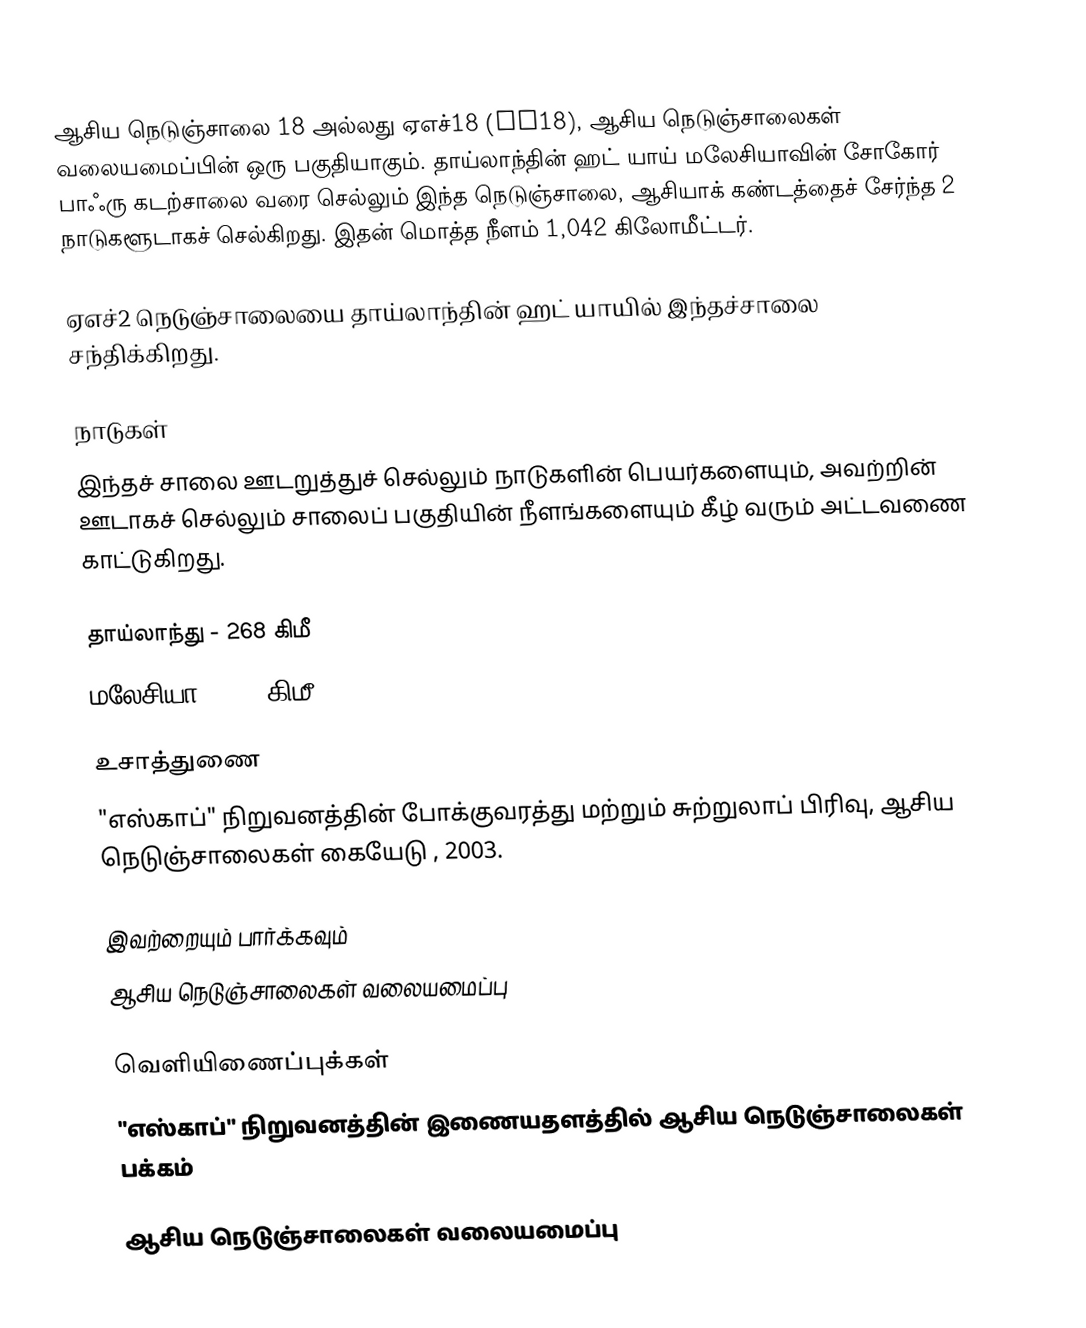
ஆசிய நெடுஞ்சாலை 18 அல்லது ஏஎச்18 (AH18), ஆசிய நெடுஞ்சாலைகள் வலையமைப்பின் ஒரு பகுதியாகும். தாய்லாந்தின் ஹட் யாய் மலேசியாவின் சோகோர் பாஃரு கடற்சாலை வரை செல்லும் இந்த நெடுஞ்சாலை, ஆசியாக் கண்டத்தைச் சேர்ந்த 2 நாடுகளூடாகச் செல்கிறது. இதன் மொத்த நீளம் 1,042 கிலோமீட்டர்.

ஏஎச்2 நெடுஞ்சாலையை தாய்லாந்தின் ஹட் யாயில் இந்தச்சாலை சந்திக்கிறது.

நாடுகள்
இந்தச் சாலை ஊடறுத்துச் செல்லும் நாடுகளின் பெயர்களையும், அவற்றின் ஊடாகச் செல்லும் சாலைப் பகுதியின் நீளங்களையும் கீழ் வரும் அட்டவணை காட்டுகிறது.

 தாய்லாந்து - 268 கிமீ
 மலேசியா - 774 கிமீ

உசாத்துணை
 "எஸ்காப்" நிறுவனத்தின் போக்குவரத்து மற்றும் சுற்றுலாப் பிரிவு, ஆசிய நெடுஞ்சாலைகள் கையேடு , 2003.

இவற்றையும் பார்க்கவும்
 ஆசிய நெடுஞ்சாலைகள் வலையமைப்பு

வெளியிணைப்புக்கள்
 "எஸ்காப்" நிறுவனத்தின் இணையதளத்தில் ஆசிய நெடுஞ்சாலைகள் பக்கம்

 ஆசிய நெடுஞ்சாலைகள் வலையமைப்பு